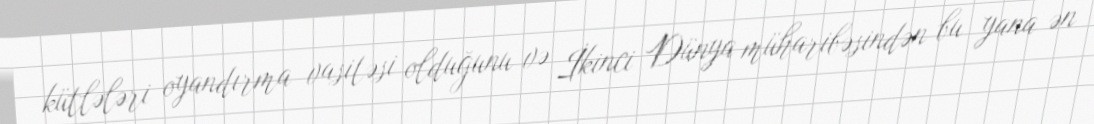
kütlələri oyandırma vasitəsi olduğunu və İkinci Dünya müharibəsindən bu yana ən